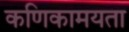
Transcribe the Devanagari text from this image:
कणिकामयता